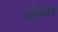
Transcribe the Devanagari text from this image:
जोवन